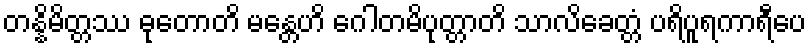
တန္နိမိတ္တဿ ဓုတောတိ မန္တေဟိ ဂေါတမိပုတ္တာတိ သာလိခေတ္တံ ပရိပူရကာရီပေ